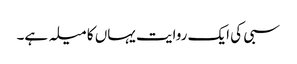
سبی کی ایک روایت یہاں کا میلہ ہے۔